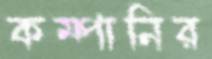
কম্পানির